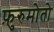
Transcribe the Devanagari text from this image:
फ़ुरुमोतो